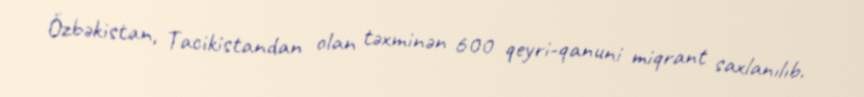
Özbəkistan, Tacikistandan olan təxminən 600 qeyri-qanuni miqrant saxlanılıb.